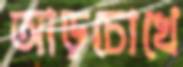
আড়চোখে